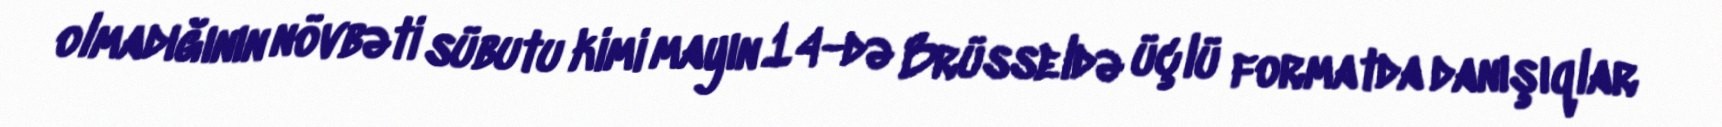
olmadığının növbəti sübutu kimi mayın 14-də Brüsseldə üçlü formatda danışıqlar